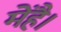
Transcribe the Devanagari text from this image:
मेंहै।